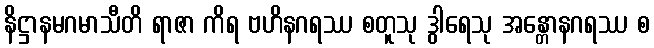
နိဋ္ဌာနမဂမာသီတိ ရာဇာ ကိရ ဗဟိနဂရဿ စတူသု ဒွါရေသု အန္တောနဂရဿ စ